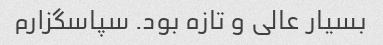
بسیار عالی و تازه بود. سپاسگزارم